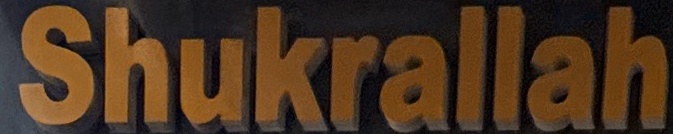
Shukrallah